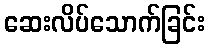
ဆေးလိပ်သောက်ခြင်း